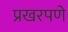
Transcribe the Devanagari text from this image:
प्रखरपणे